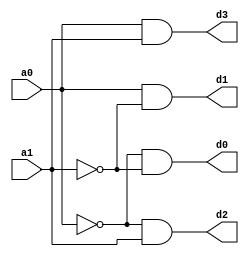
module decoder_2_to_4(
    input a0,
    input a1,
    output d0,
    output d1,
    output d2,
    output d3
    );
               not(an0,a0),(an1,a1);
               and(d0,an0,an1),(d1,a0,an1),(d2,an0,a1),(d3,a0,a1);
endmodule